Subject: math
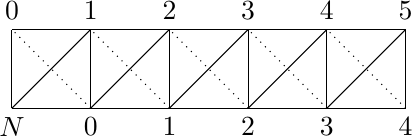
LaTeX code:
\begin{tikzpicture}
\draw (0,0) grid (5,1);
\foreach \x in {0,...,4} \draw (\x,0)--++(1,1);
\foreach \x in {1,...,5} \draw[dotted] (\x,0)--++(-1,1);
\draw (0,0) node [below]{$N$};
\foreach \x in {0,...,4} \draw (\x+1,0) node [below] {$\x$};
\foreach \x in {0,...,5}	\draw (\x,1) node [above] {$\x$};
\end{tikzpicture}